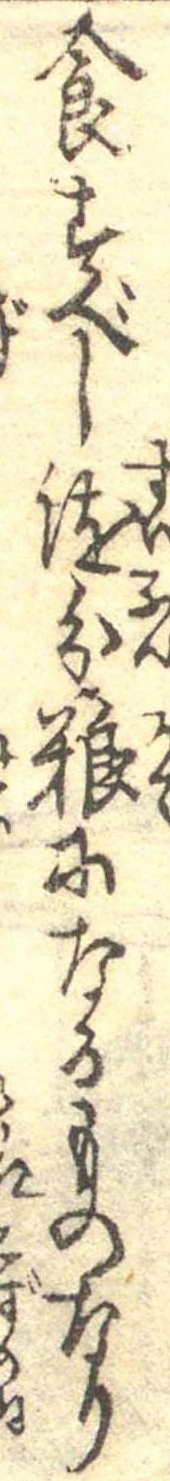
食すべし随分糧になるものなり